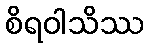
စိရဝါသိဿ